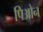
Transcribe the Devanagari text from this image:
पिओन